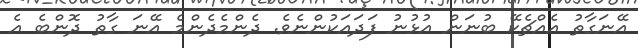
އޭނަގާތު އެއްޗެކޭ ބުނަން އުޅުނު ފަދައަކުންނެވެ. ދެންމެދެންމެ އޭނަ ގާތު ދޮންބެ އެ